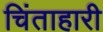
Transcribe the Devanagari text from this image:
चिंताहारी